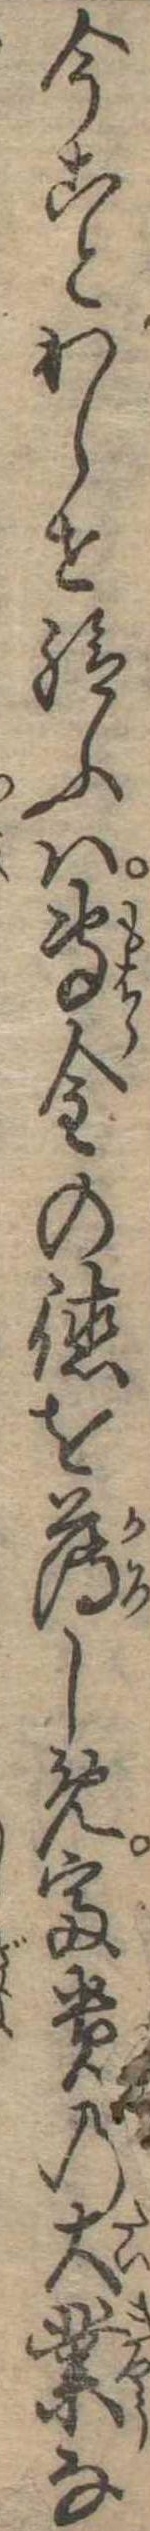
今ことわらせ給ふは専金の徳を薄しめ富貴の大業な